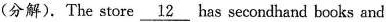
(分解). The store \underline{12} has seeoarlhand books and